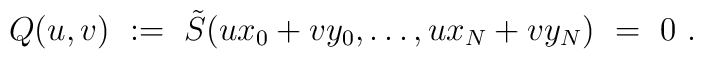
Q(u,v)\ :=\ \tilde{S}(ux_0+vy_0, \ldots , ux_N +vy_N)\ =\ 0\ .